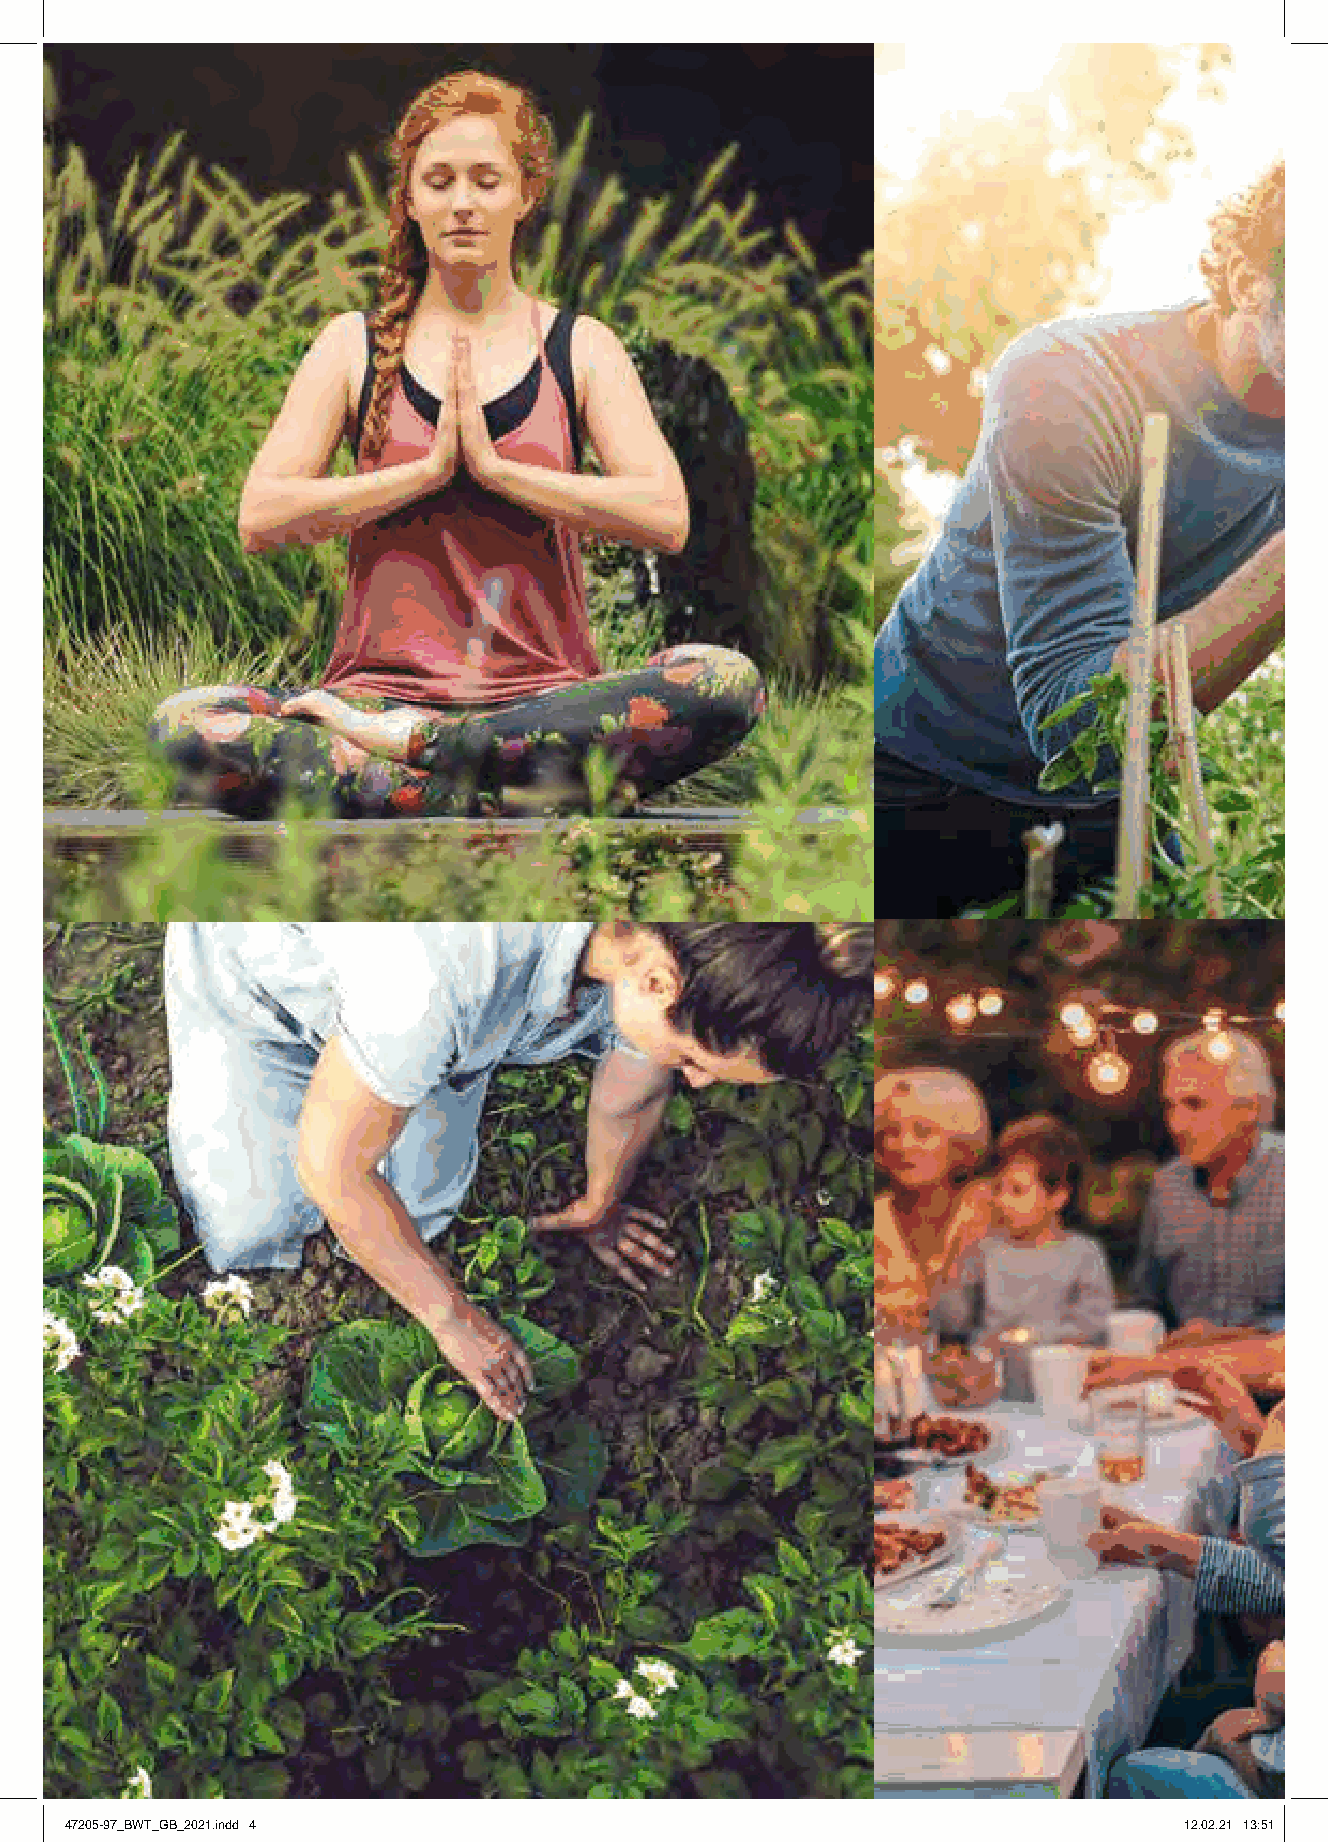
4
 47205-97_BWT_GB_2021.indd 4                                               12.02.21 13:51